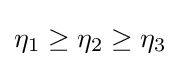
\eta _{1}\geq \eta _{2}\geq \eta _{3}